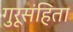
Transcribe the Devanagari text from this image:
गुरूसंहिता